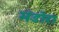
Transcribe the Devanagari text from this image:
मंडोरा